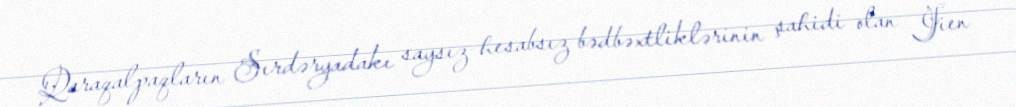
Qaraqalpaqların Sırdəryadakı saysız-hesabsız bədbəxtliklərinin şahidi olan Jien